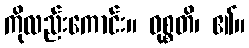
ကိုလည်းကောင်း။ ဝုစ္စတိ၊ ၏။